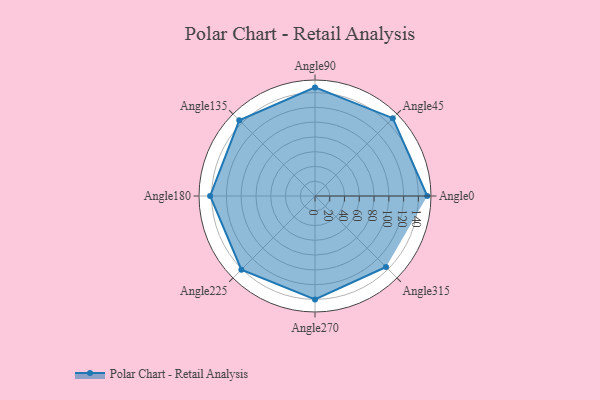
{"axis": {"x": "Angle", "y": "Radius"}, "legend": [""], "data": [{"x": "Angle0", "y": 152.0, "type": ""}, {"x": "Angle45", "y": 149.0, "type": ""}, {"x": "Angle90", "y": 147.0, "type": ""}, {"x": "Angle135", "y": 145.0, "type": ""}, {"x": "Angle180", "y": 142.0, "type": ""}, {"x": "Angle225", "y": 141.0, "type": ""}, {"x": "Angle270", "y": 140.0, "type": ""}, {"x": "Angle315", "y": 136.0, "type": ""}]}